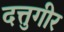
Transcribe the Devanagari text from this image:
दत्तुगीर